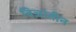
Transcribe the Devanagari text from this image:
बिज़ांतीन